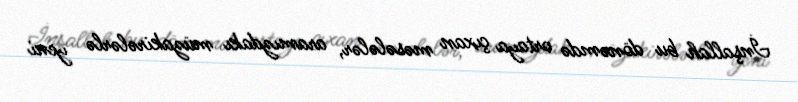
İnşallah bu dönəmdə ortaya çıxan məsələlər, aramızdakı müzakirələrlə yeni